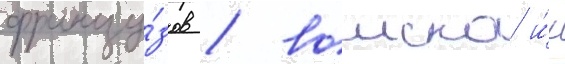
францу́зов / воиска и́х